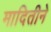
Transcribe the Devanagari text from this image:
मादितीने